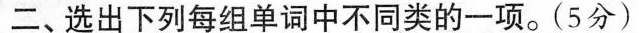
二、选出下列每组单词中不同类的一项.(5分)